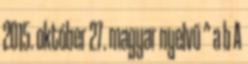
2015. október 27. magyar nyelvű ^ a b A